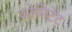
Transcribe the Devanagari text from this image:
कोमिटेट